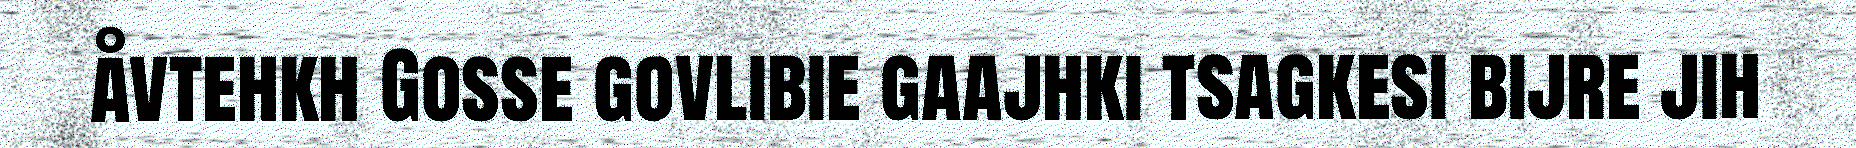
åvtehkh Gosse govlibie gaajhki tsagkesi bijre jih